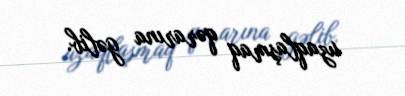
uzaqlaşmaq qərarına gəlib.